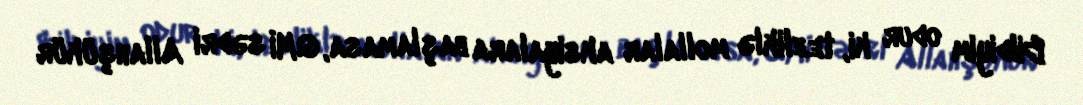
Bildiyim odur ki, tezliklə mollalar aksiyalara başlamasa, QMİ sədri Allahşükür